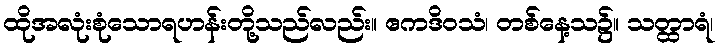
ထိုအလုံးစုံသောရဟန်းတို့သည်လည်း။ ဧကဒိဝသံ၊ တစ်နေ့သ၌။ သတ္ထာရံ၊